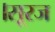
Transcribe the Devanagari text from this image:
।सूरज